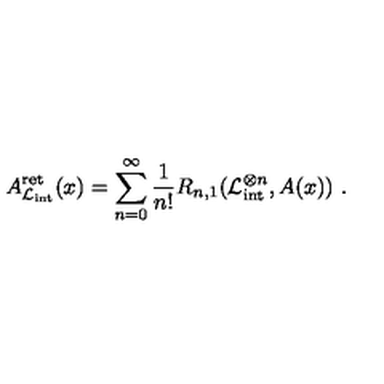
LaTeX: A _ { \mathcal { L } _ { \mathrm { i n t } } } ^ { \mathrm { r e t } } ( x ) = \sum _ { n = 0 } ^ { \infty } \frac { 1 } { n ! } R _ { n , 1 } ( \mathcal { L } _ { \mathrm { i n t } } ^ { \otimes n } , A ( x ) ) \ .